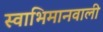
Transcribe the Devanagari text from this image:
स्वाभिमानवाली